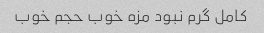
کامل گرم نبود مزه خوب حجم خوب